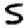
Digit: 5